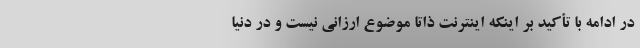
در ادامه با تأکید بر اینکه اینترنت ذاتاً موضوع ارزانی نیست و در دنیا